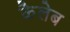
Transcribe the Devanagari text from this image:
कैलेब